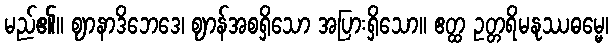
မည်၏။ ဈာနာဒိဘေဒေ၊ ဈာန်အစရှိသော အပြားရှိသော။ ဧတ္ထ ဥတ္တရိမနုဿဓမ္မေ၊